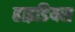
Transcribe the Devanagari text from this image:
हाइडियस